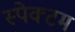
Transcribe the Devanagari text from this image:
स्पेक्टम